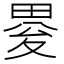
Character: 𤲋